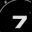
Digit: 7